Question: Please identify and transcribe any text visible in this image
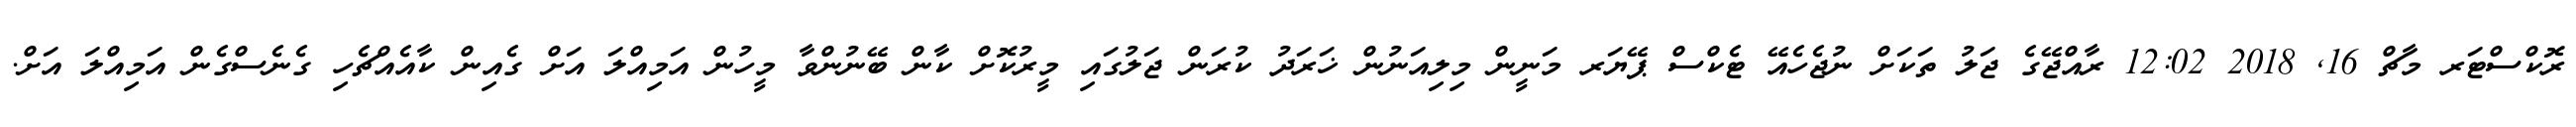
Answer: ރޮކްސްޓަރ މާޗް 16, 2018 12:02 ރާއްޖޭގެ ޖަލު ތަކަށް ނުޖެހެއޭ ޓެކްސް ޕޭޔަރ މަނީން މިލިއަނުން ޚަރަދު ކުރަން ޖަލުގައި މީރުކޮށް ކާން ބޭނުންވާ މީހުން އަމިއްލަ އަށް ގެއިން ކާއެއްޗެހި ގެނެސްގެން އަމިއްލަ އަށް.